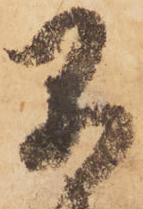
早